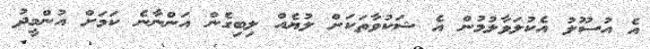
އެ އުސޫލު އެކުލަވާލުމުން އެ ޝަކުވާތަކަށް ލުޔެއް ލިބިގެން އަންނާނެ ކަމަށް އުންމީދު